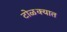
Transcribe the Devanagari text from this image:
टोळक्यात